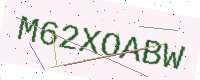
Text: M62XOABW